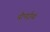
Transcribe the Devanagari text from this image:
चौपाईयां